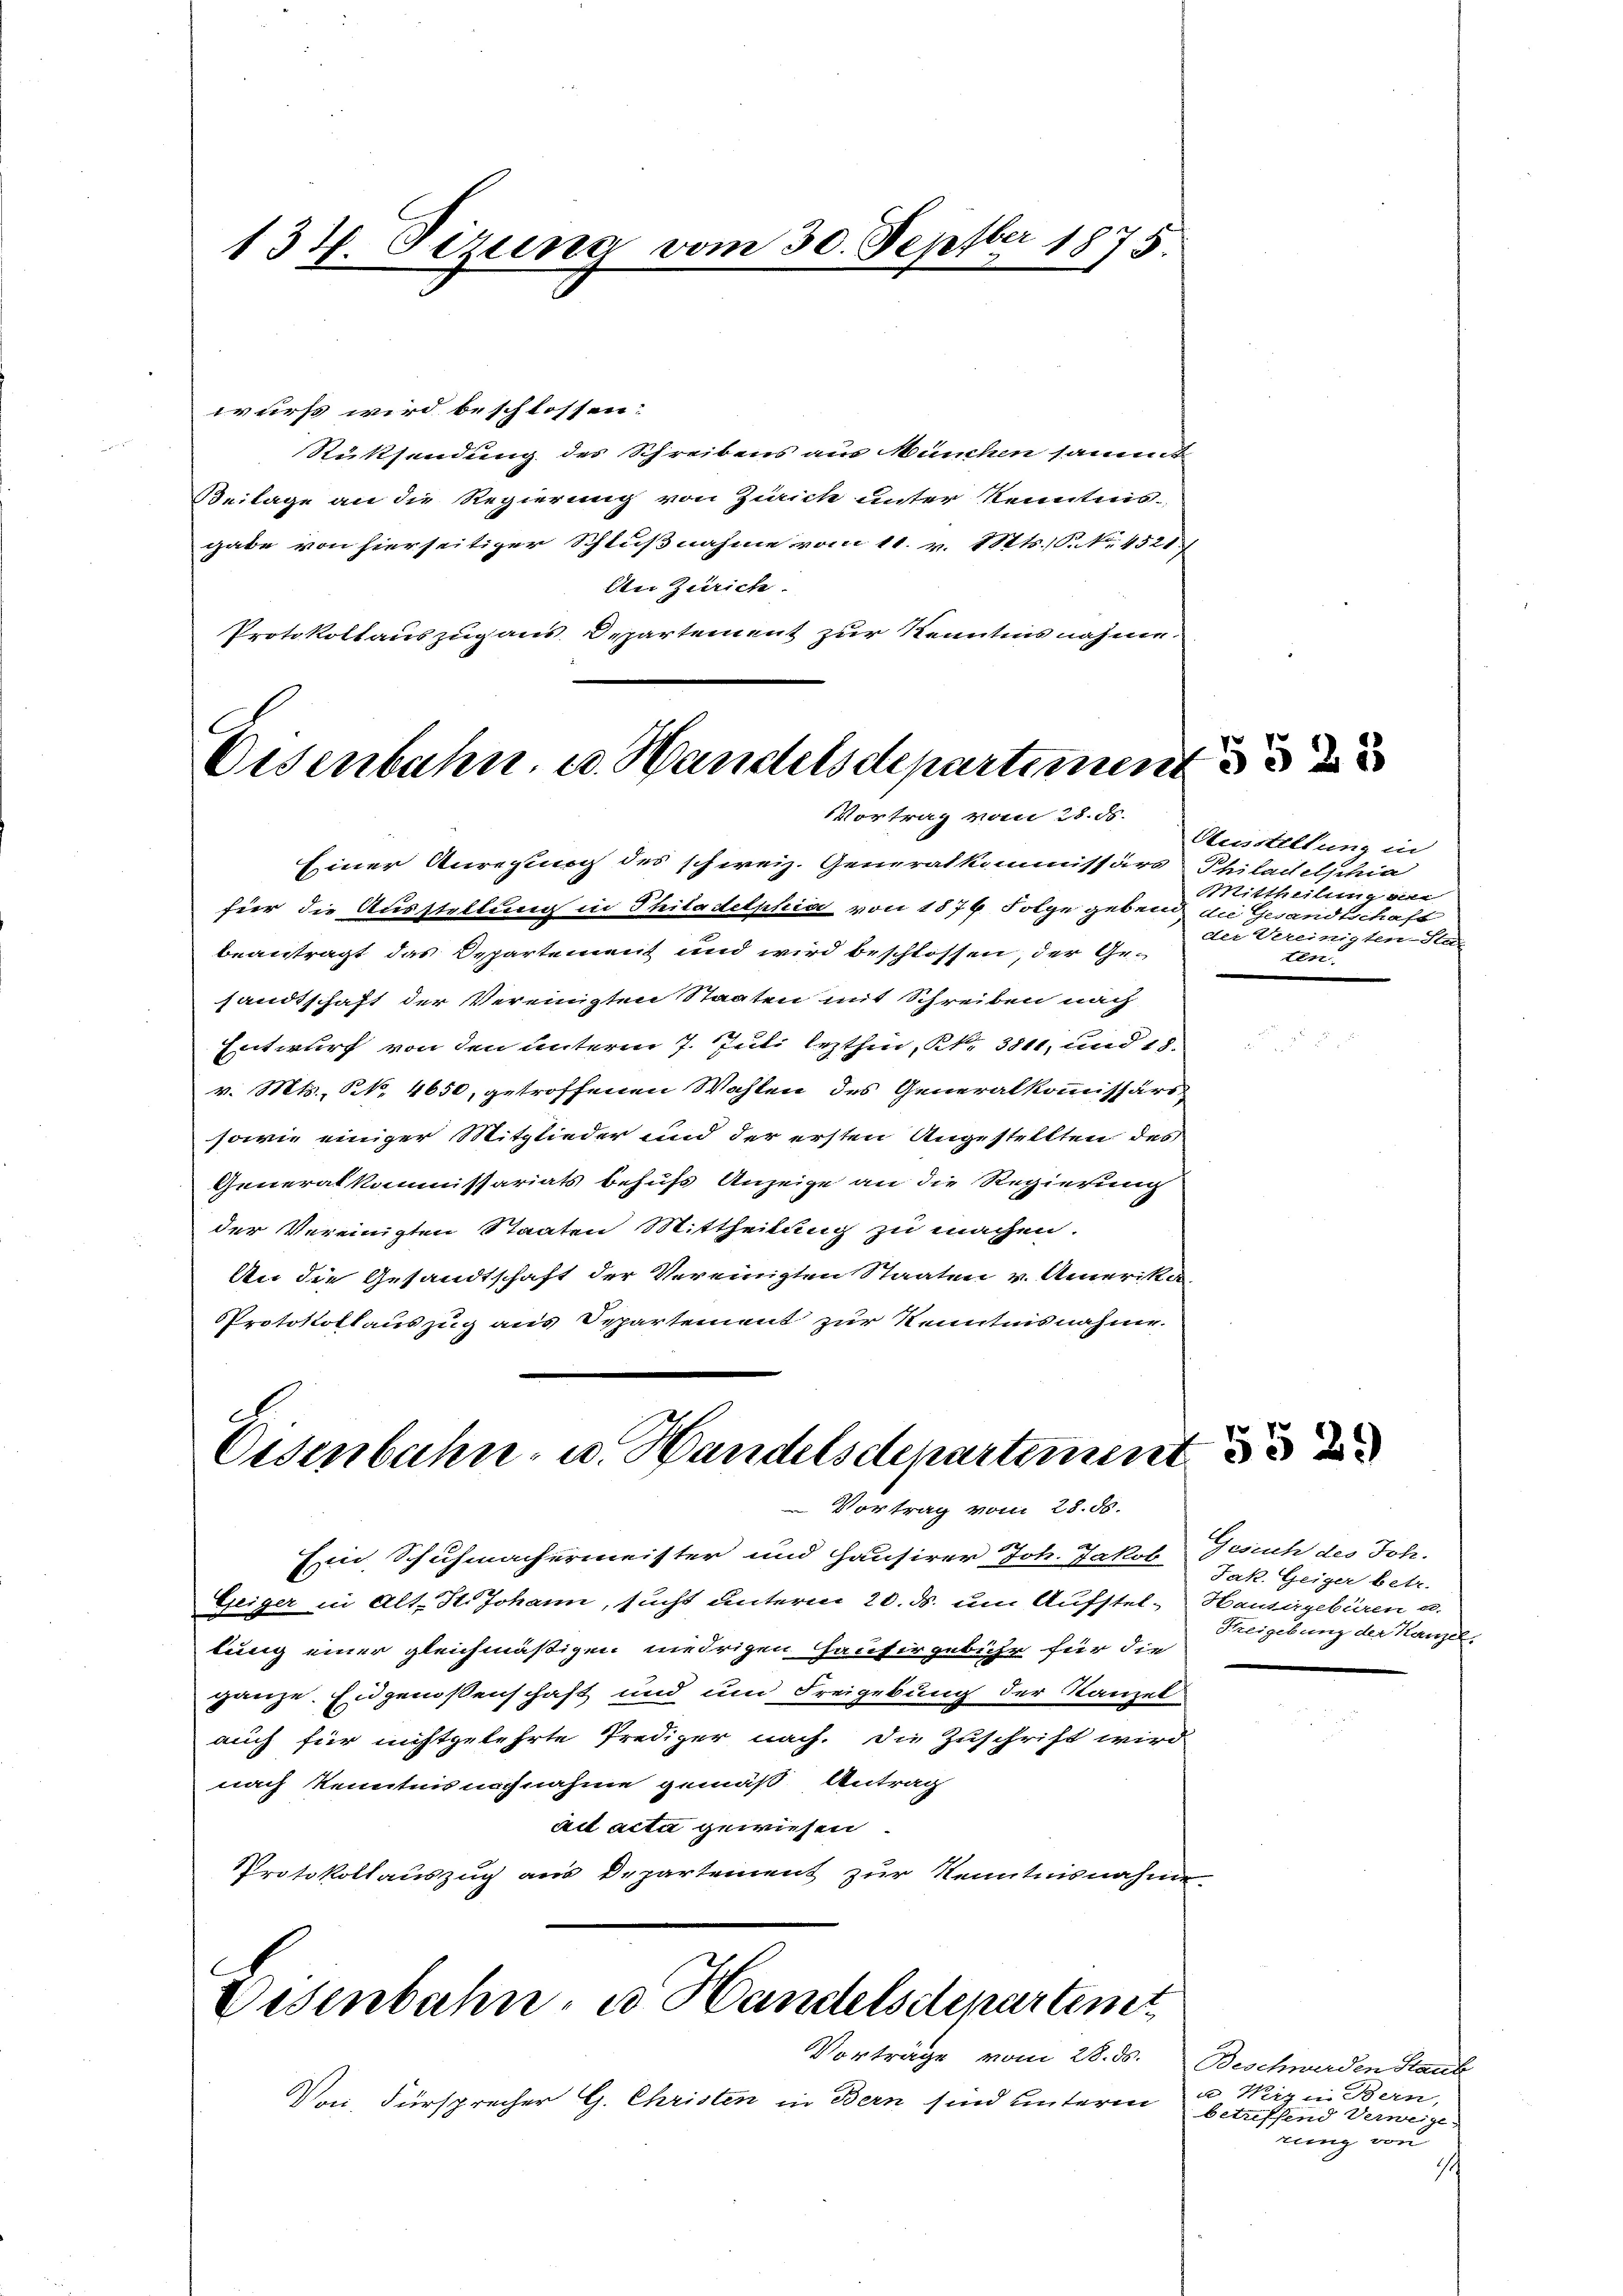
134. Sizung vom 30. Septber 1875.

wurst wird beschlossen:
Rüksendung des Schreibens aus München sammt
Beilage an die Regierung von Zürich unter Kenntnis.
gabe von hierseitiger Schlußnahme vom 11. v. Mts. S. Nr. 4521)
An Zürich.
Protokollauszug aus Departement zur Kenntnis nahme.

Eisenbahn. v. Handelsdepartemen
Vortrag vom 28. d.

Eisenbahn- u. Handelschepartement
Vortrag vom 28. ds.

Einer Anregung des schweiz. Generalkommissärs Philackelschia
für die Ausstellung in Thiladelphia von 1876 Folge gebend die Gesandtschaft
beantragt das Departement und wird beschlossen, der Gesandtschaft der Vereinigten Staaten mit Schreiben nach
Entwurf von den unterm 7. Juli lezthin, Kt. 3811, und 18.
v. Mts., N. 4650, getroffenen Wahlen des Generalkommissärs
sowie einiger Mitglieder und der ersten Angestellten des
Generalkommissariats behufs Anzeige an die Regierung
der Vereinigten Staaten Mittheilung zu machen.
An die Gesandtschaft der Vereinigten Staaten v. Amerika
Protokollauszug aus Departement zur Kenntnisnahme.

Ein Schuhmachermeister und Hausirer Joh. Jakob Gesuch des Joh.
Geiger in Alt. H. Johann, sucht unterm 20. ds. um Aufstel-Hausingebüren u.
lung einer gleichmäßigen niedrigen Hausirgebühr für die
ganze. Eidgenossenschaft und um Freigebung der Kanzel
auch für nichtgelehrte Prediger nach. Die Zuschrift wird
nach Kenntnis nochnahme gemäß Antrag
ad acta gewiesen.
Protokollauszug aus Departement zur Kenntnisnahme.

Disenbahn, es Handelsdepartent

Von Fürsprecher G. Christen in Bern sind unterm u. Wirz in Bern,

Vorträge vom 28. ds. Beschwerden Staub

5528

Ausstellung in
ittheilung ver
der Vereinigten-Sta
ten

5529

Jak. Geiger betr.
Feigebung der Kanzel

betreffend Verweige,
rung von
1